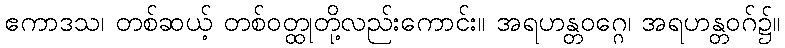
ဧကာဒသ၊ တစ်ဆယ့် တစ်ဝတ္ထုတို့လည်းကောင်း။ အရဟန္တဝဂ္ဂေ၊ အရဟန္တဝဂ်၌။